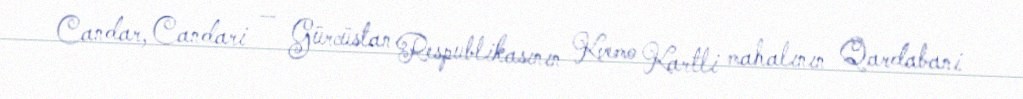
Candar, Candari — Gürcüstan Respublikasının Kvemo Kartli mahalının Qardabani